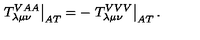
\left. T _ { \lambda \mu \nu } ^ { V A A } \right| _ { A T } = - \left. T _ { \lambda \mu \nu } ^ { V V V } \right| _ { A T } .